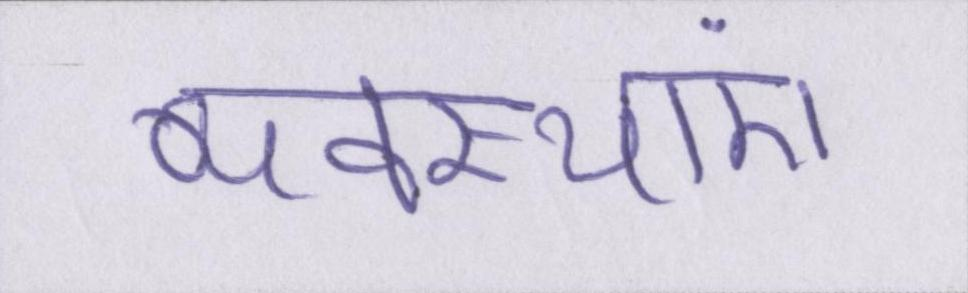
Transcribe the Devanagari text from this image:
व्यवस्थाएं